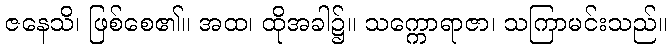
ဇနေသိ၊ ဖြစ်စေ၏။ အထ၊ ထိုအခါ၌။ သက္ကောရာဇာ၊ သကြာမင်းသည်။